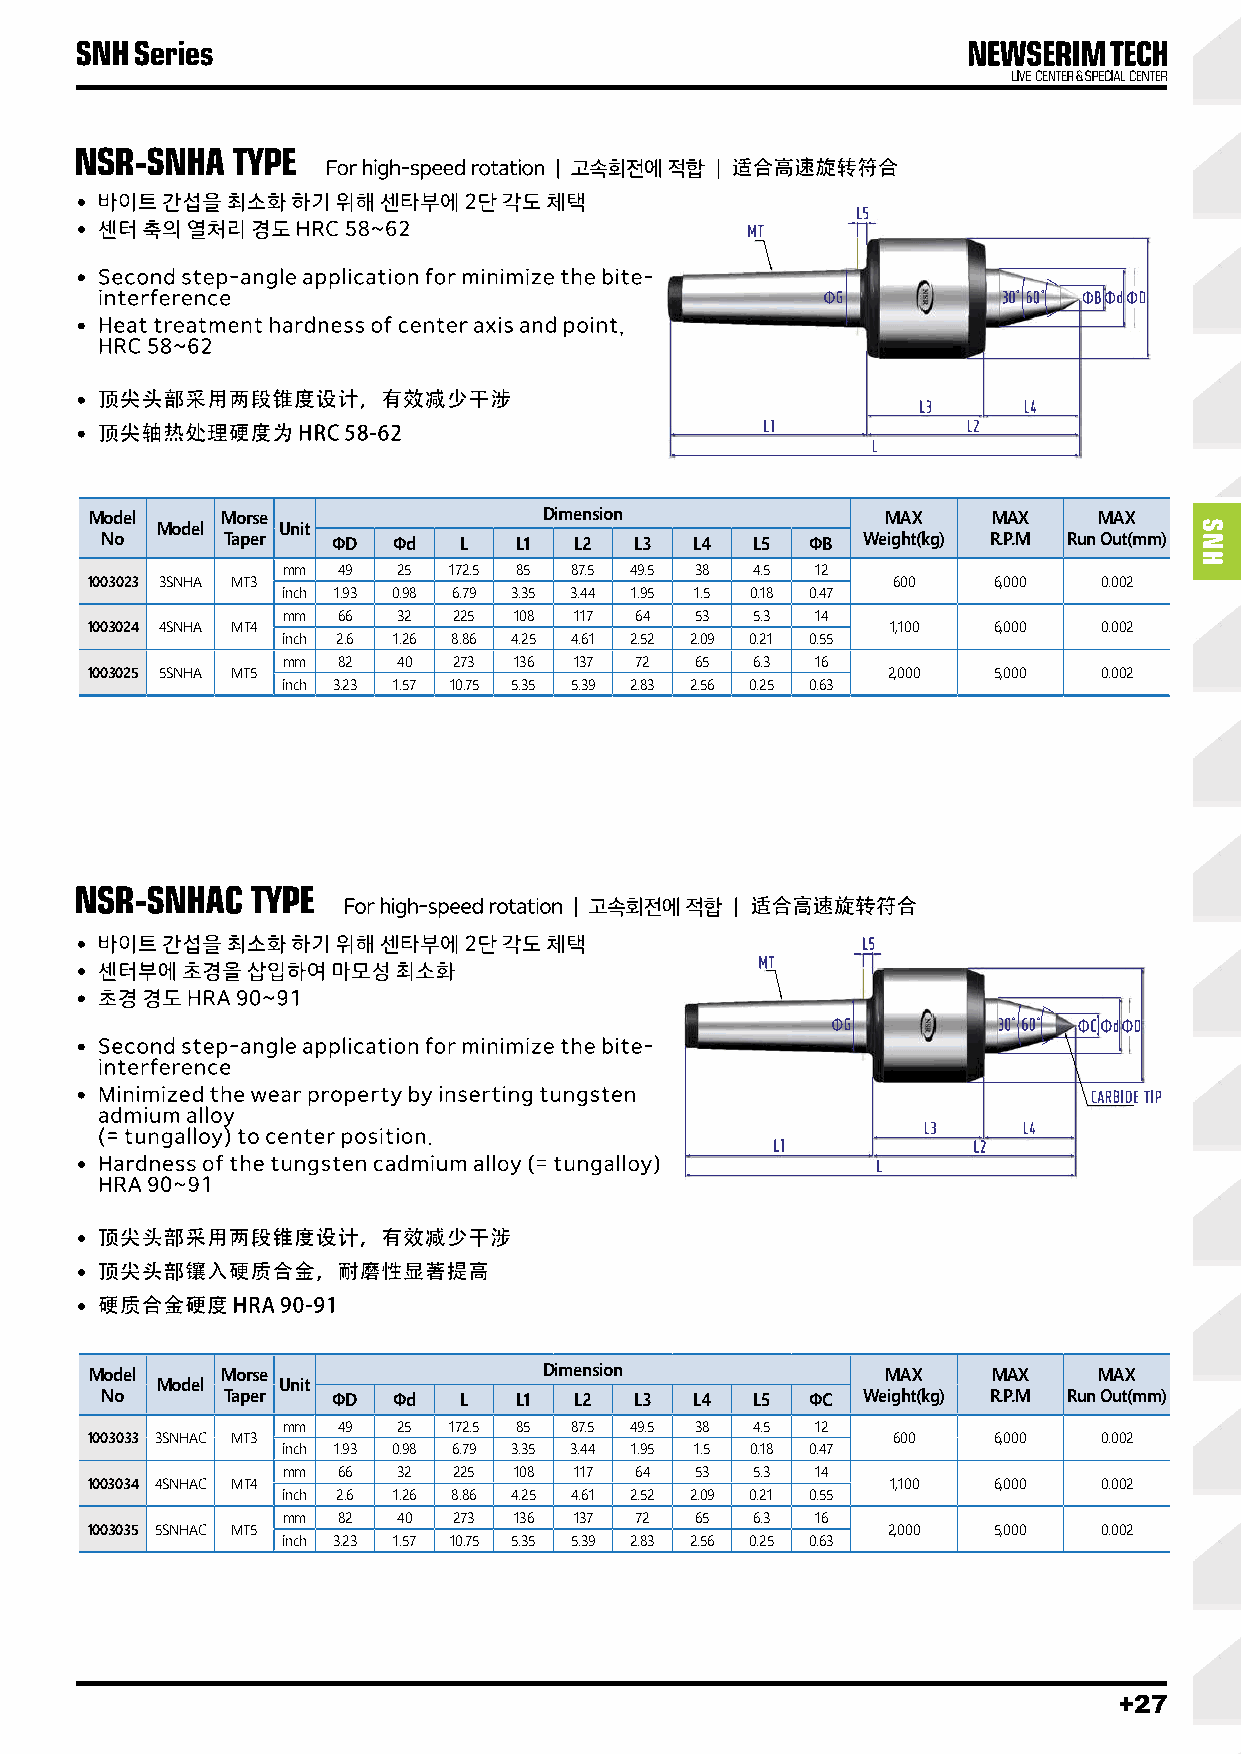
Model    Morse                Dimension              MAX    MAX    MAX
 Model   Unit
 No      Taper  ΦD  Φd  L   L1  L2  L3  L4  L5  ΦB Weight(kg) R.P.M Run Out(mm)
 mm 49  25  172.5 85 87.5 49.5 38 4.5 12
 1003023 3SNHA MT3                                    600    6,000  0.002
 inch 1.93 0.98 6.79 3.35 3.44 1.95 1.5 0.18 0.47
 mm 66  32  225 108 117 64  53  5.3 14
 1003024 4SNHA MT4                                    1,100  6,000  0.002
 inch 2.6 1.26 8.86 4.25 4.61 2.52 2.09 0.21 0.55
 mm 82  40  273 136 137 72  65  6.3 16
 1003025 5SNHA MT5                                    2,000  5,000  0.002
 inch 3.23 1.57 10.75 5.35 5.39 2.83 2.56 0.25 0.63
 Model    Morse                Dimension              MAX    MAX    MAX
 Model   Unit
 No      Taper  ΦD  Φd  L   L1  L2  L3  L4  L5  ΦC Weight(kg) R.P.M Run Out(mm)
 mm 49  25  172.5 85 87.5 49.5 38 4.5 12
 1003033 3SNHAC MT3                                   600    6,000  0.002
 inch 1.93 0.98 6.79 3.35 3.44 1.95 1.5 0.18 0.47
 mm 66  32  225 108 117 64  53  5.3 14
 1003034 4SNHAC MT4                                   1,100  6,000  0.002
 inch 2.6 1.26 8.86 4.25 4.61 2.52 2.09 0.21 0.55
 mm 82  40  273 136 137 72  65  6.3 16
 1003035 5SNHAC MT5                                   2,000  5,000  0.002
 inch 3.23 1.57 10.75 5.35 5.39 2.83 2.56 0.25 0.63
 +27